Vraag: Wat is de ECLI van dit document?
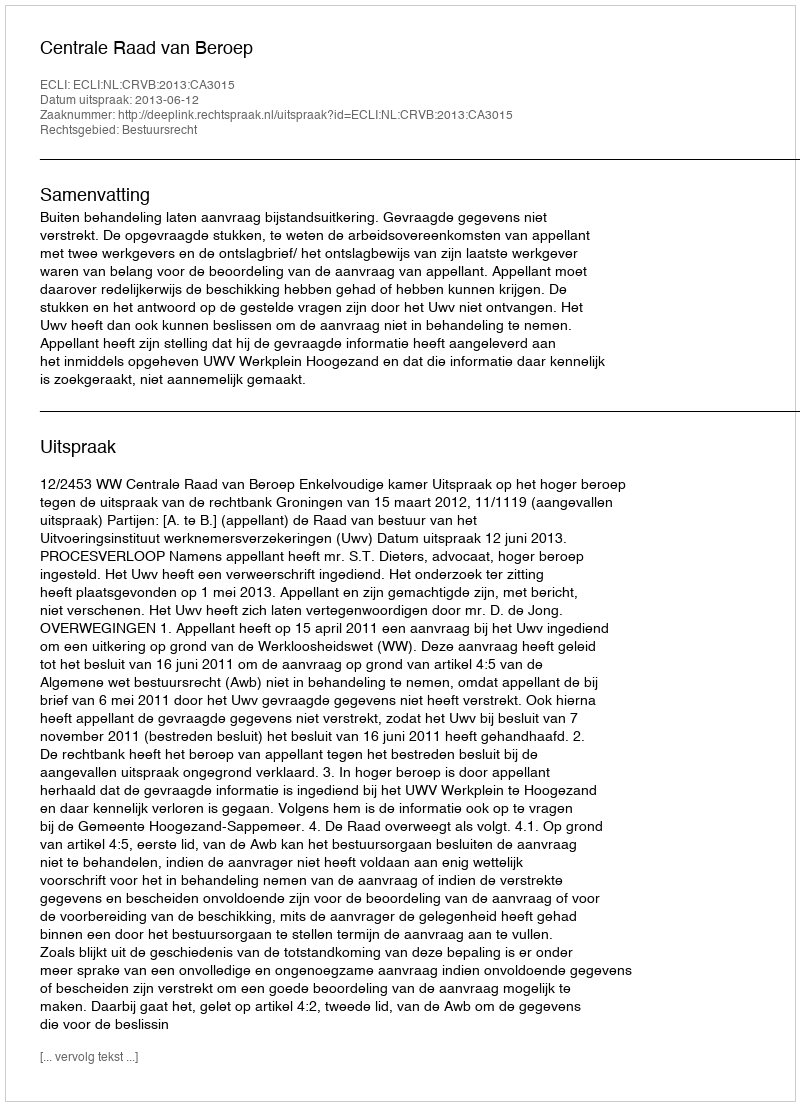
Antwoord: ECLI:NL:CRVB:2013:CA3015